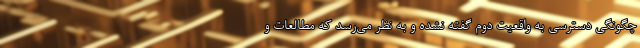
چگونگی دسترسی به واقعیت دوم گفته نشده و به نظر می‌رسد که مطالعات و